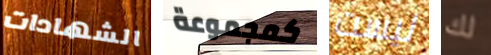
الشهادات كمجموعة ليست لك